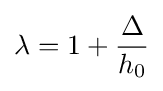
\lambda =1+{\frac {\Delta }{h_{0}}}